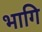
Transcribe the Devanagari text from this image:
भागि